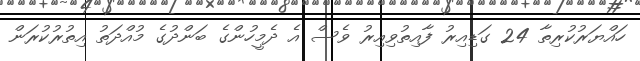
ހައްޔަރުކުރިތާ 24 ގަޑިއިރު ފާއިތުވިއިރު ވެސް އެ ދެމީހުންގެ ބަންދުގެ މުއްދަތު އިތުރުކުރަން